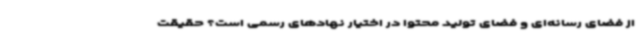
از فضای رسانه‌ای و فضای تولید محتوا در اختیار نهادهای رسمی است؟ حقیقت